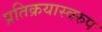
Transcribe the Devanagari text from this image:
प्रतिक्रयास्वरुप